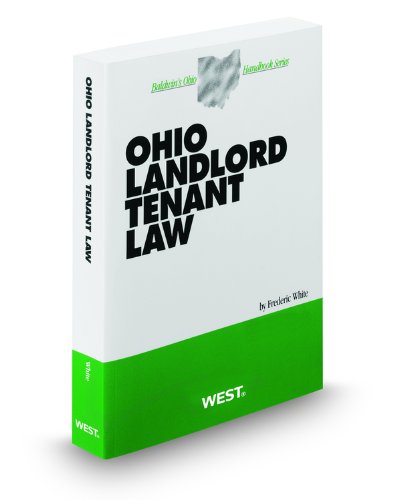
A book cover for Ohio Landlord Tenant Law, 2011-2012 ed. (Baldwin's Ohio Handbook Series); Frederic White; Law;